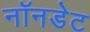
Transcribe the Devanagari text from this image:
नॉनडेट